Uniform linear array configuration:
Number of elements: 48
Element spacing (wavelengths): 0.5
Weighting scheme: exponential
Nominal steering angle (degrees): -15
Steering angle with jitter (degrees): -16.509
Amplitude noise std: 0.05
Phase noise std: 0.05

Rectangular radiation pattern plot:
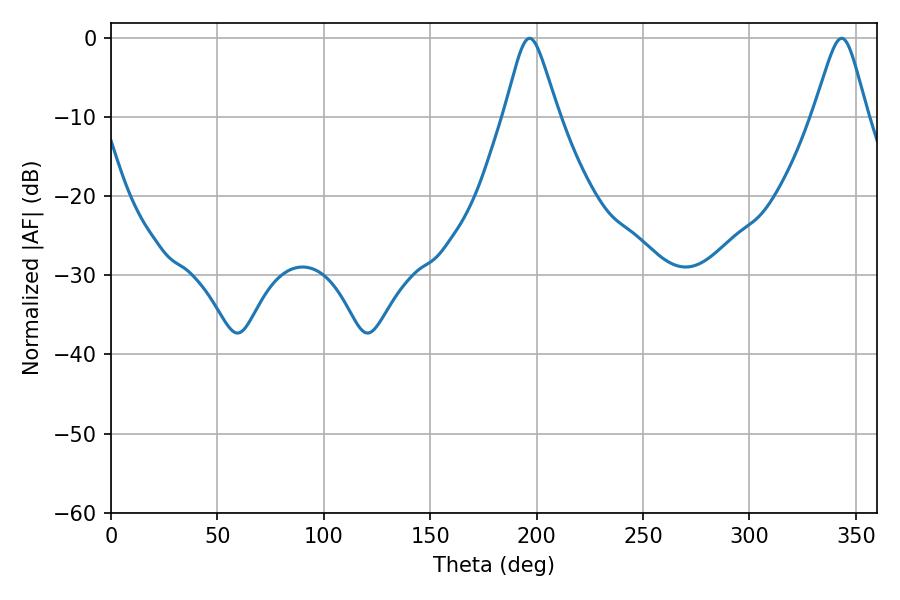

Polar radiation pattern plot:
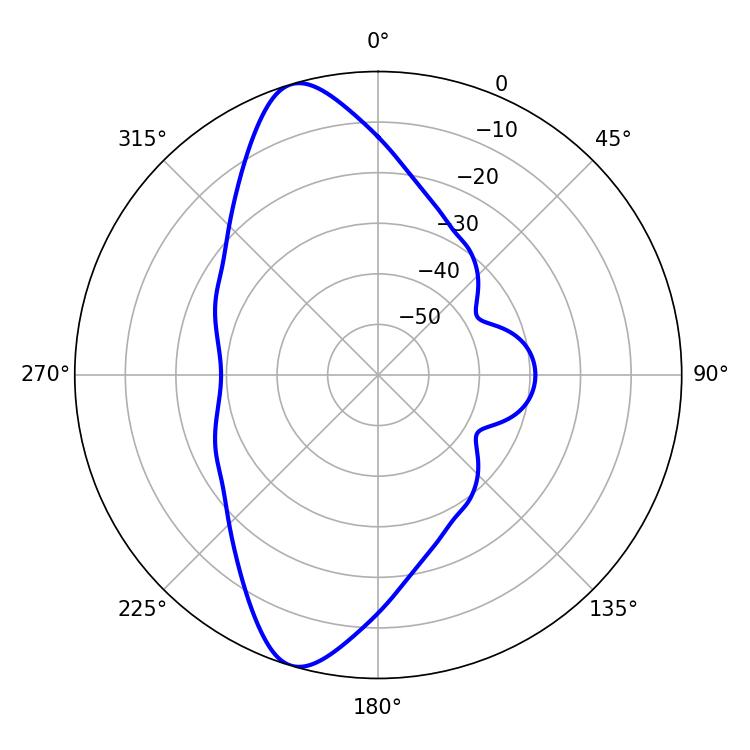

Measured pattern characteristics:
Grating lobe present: FALSE
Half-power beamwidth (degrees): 12.06
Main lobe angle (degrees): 196.74